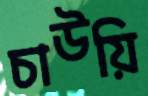
চাউয়ি